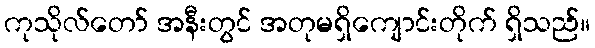
ကုသိုလ်တော် အနီးတွင် အတုမရှိကျောင်းတိုက် ရှိသည်။